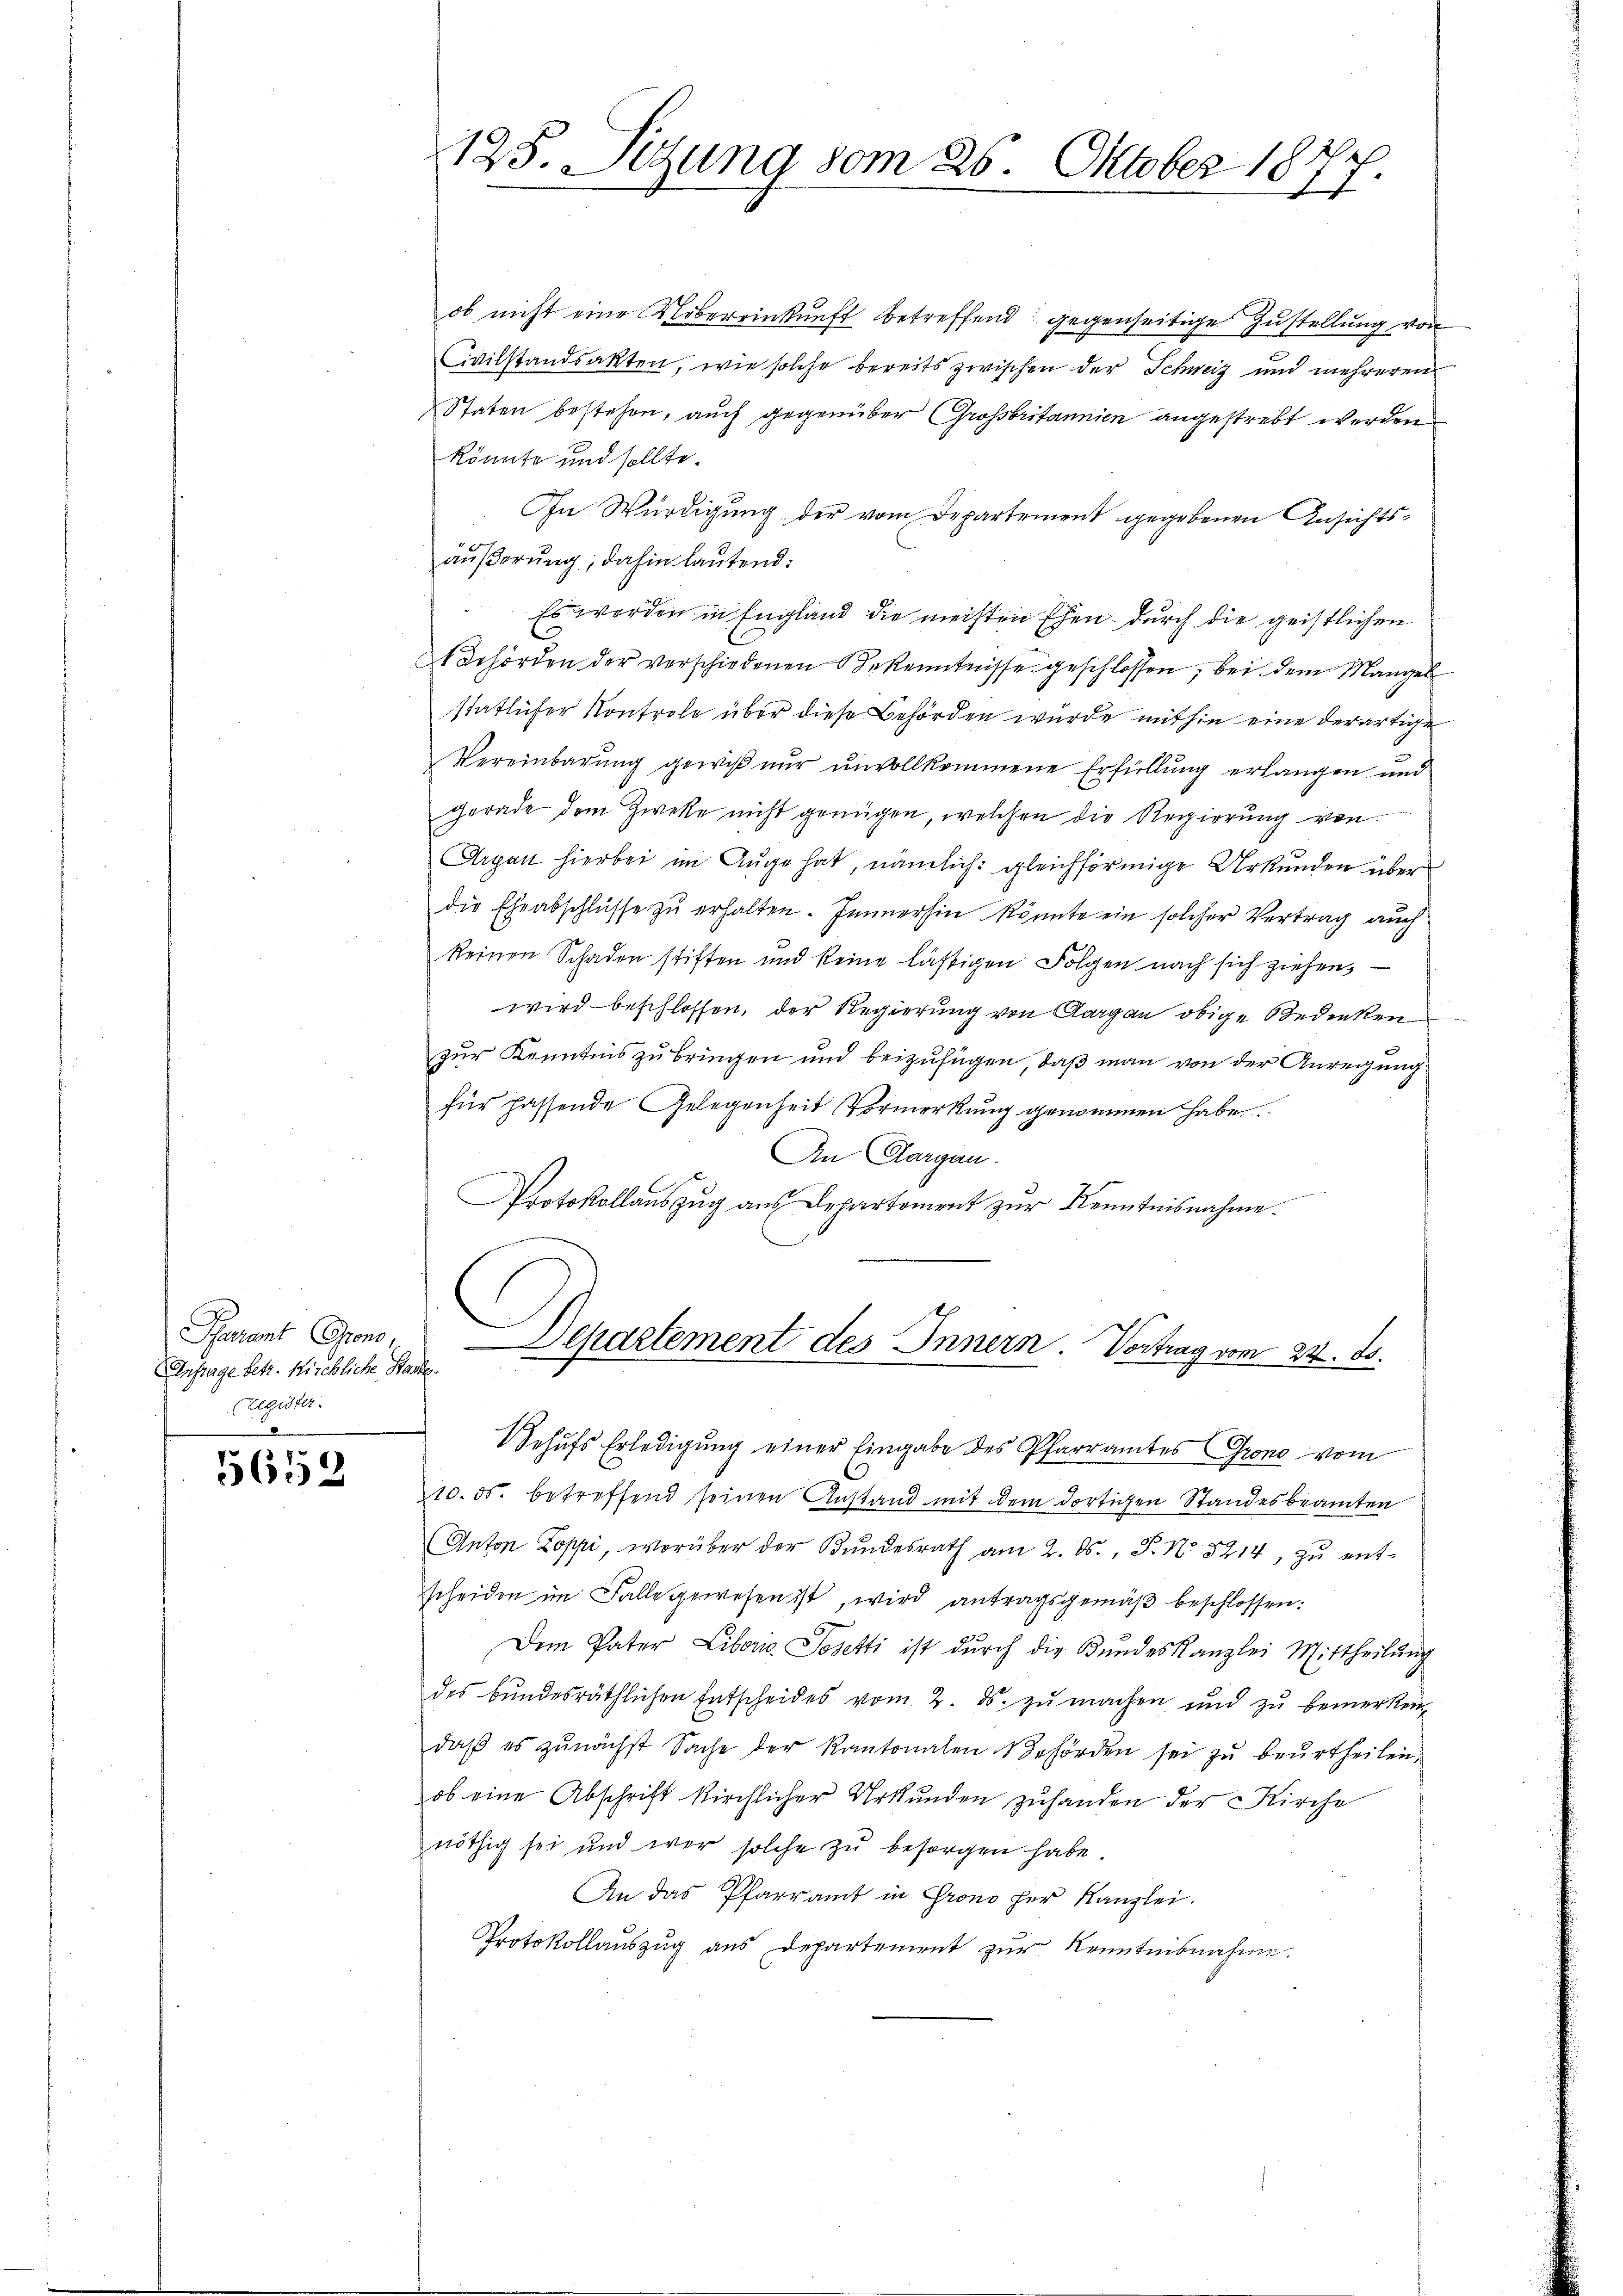
Paramt Grono
Anfrage betr. Kirchliche Stacke
Zegister.

5652

125. Sitzung vom 26. Oktober 18
f

ob nicht eine Uebereinkunft betreffend gegenseitige Zustellung von
Civilstandsakten, wie solche bereits zwischen der Schweiz und mehreren
Staten bestehen, auch gegenüber Grossbritannien angestrebt werden
könnte und sollte.
In Würdigung der vom Departement gegebenen Ansichtsäußerung, dahin lautend:
Es werden in England die meisten Ehen durch die geistlichen
 Behörden der verschiedenen Bekenntnisse geschlossen, bei dem Mangel
statlicher Kontrole über diese Behörden wurde mithin eine derartige
Vereinbarung gewiß nur unvollkommene Erfüllung erlangen und
gerade dem Zweke nicht genügen, welchen die Regierung von
Arpan hierbei im Auge hat, nämlich: gleichförmige Urkunden über
die Eheabschlüsse zu erhalten. Immerhin könnte ein solcher Vertrag auch
keinen Schaden stiften und keine lästigen Folgen nach sich ziehen,
wird beschlossen, der Regierung von Aargau obige Bedenken
zur Kenntnis zu bringen und beizufügen, daß man von der Anregung
für fassende Gelegenheit Vormerkung genommen habe.
An Aargau.
ge
Protokollauszug aus Departement zur Kenntnisnahme.
Departement des Innern. Vortrag vom 24. ds.
Behŭfs Erledigung einer Eingabe des Pfarramtes Grono vom
10. ds. betreffend seinen Anstand mit dem dortigen Standesbeamten
Anton Zoppi, worüber der Kundesrath am 2. ds., F. No. 5214, zŭ entscheiden im Falle gewesen ist, wird antragsgemäβ beschlossen:
Dem Pater Liboria Josetti ist durch die Kundeskanzlei Mittheilung
des bŭndesräthlichen Entscheides vom 2. ds. zŭ machen und zŭ bemerken
daß es zunächst Sache der Kantonalen gehörden sei zu beurtheilen,
ob eine Abschrift kirchlicher Urkunden zuhanden der Kirche
nöthig sei und wer solche zŭ besorgen habe.
An das Pfarramt in Grono her Kanzlei.
Protokollauszug aus Departement zur Kenntnisnahme.